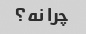
چرا نه؟